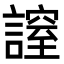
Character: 𧫡